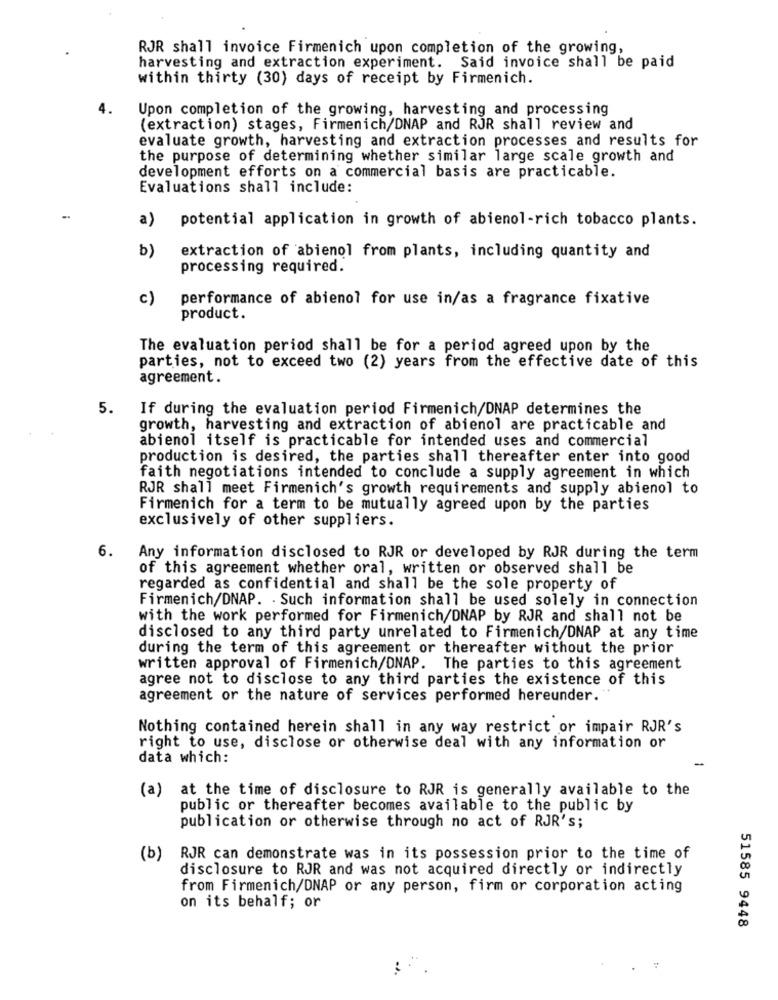
RJR shall invoice Firmenich upon completion of the growing,
harvesting and extraction experiment. Said invoice shall be paid
within thirty (30) days of receipt by Firmenich.
4.
Upon completion of the growing, harvesting and processing
(extraction) stages, Firmenich/DNAP and RJR shall review and
evaluate growth, harvesting and extraction processes and results for
the purpose of determining whether similar large scale growth and
development efforts on a commercial basis are practicable.
Evaluations shall include:
-
a)
potential application in growth of abienol-rich tobacco plants.
b)
extraction of abienol from plants, including quantity and
processing required.
c)
performance of abienol for use in/as a fragrance fixative
product.
The evaluation period shall be for a period agreed upon by the
parties, not to exceed two (2) years from the effective date of this
agreement.
5.
If during the evaluation period Firmenich/DNAP determines the
growth, harvesting and extraction of abienol are practicable and
abienol itself is practicable for intended uses and commercial
production is desired, the parties shall thereafter enter into good
faith negotiations intended to conclude a supply agreement in which
RJR shall meet Firmenich's growth requirements and supply abienol to
Firmenich for a term to be mutually agreed upon by the parties
exclusively of other suppliers.
6.
Any information disclosed to RJR or developed by RJR during the term
of this agreement whether oral, written or observed shall be
regarded as confidential and shall be the sole property of
Firmenich/DNAP. - Such information shall be used solely in connection
with the work performed for Firmenich/DNAP by RJR and shall not be
disclosed to any third party unrelated to Firmenich/DNAP at any time
during the term of this agreement or thereafter without the prior
written approval of Firmenich/DNAP. The parties to this agreement
agree not to disclose to any third parties the existence of this
agreement or the nature of services performed hereunder. "
Nothing contained herein shall in any way restrict or impair RJR's
right to use, disclose or otherwise deal with any information or
data which:
(a) at the time of disclosure to RJR is generally available to the
public or thereafter becomes available to the public by
publication or otherwise through no act of RJR's;
(b)
RJR can demonstrate was in its possession prior to the time of
disclosure to RJR and was not acquired directly or indirectly
from Firmenich/DNAP or any person, firm or corporation acting
on its behalf; or
51585 9448
: